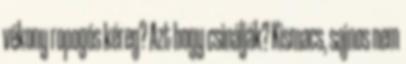
vékony ropogós kéreg? Azt hogy csinálják? Kismacs, sajnos nem